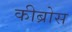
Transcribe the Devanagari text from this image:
कीब्रोस